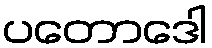
ပတောဒေါ